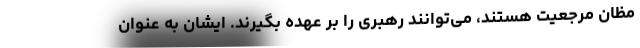
مظان مرجعیت هستند، می‌توانند رهبری را بر عهده بگیرند. ایشان به عنوان